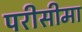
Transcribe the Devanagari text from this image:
परीसीमा